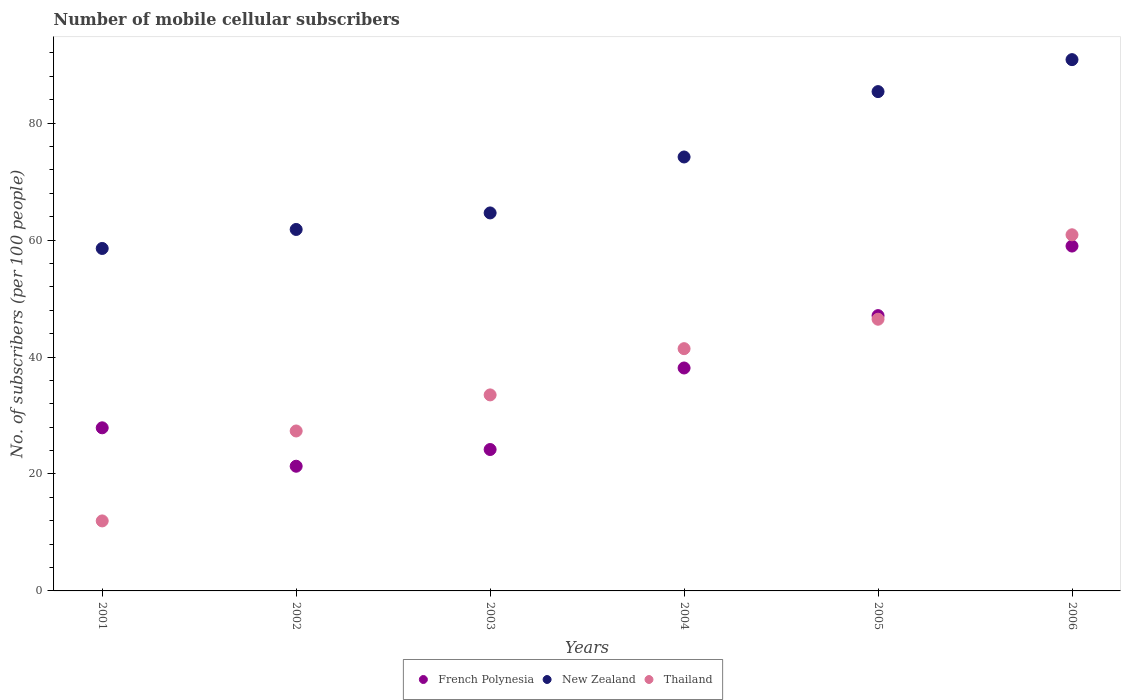
| Years | French Polynesia | New Zealand | Thailand |
 | --- | --- | --- | --- |
 | 2001 | 27.9 | 58.6 | 12 |
 | 2002 | 21.3 | 61.8 | 27.4 |
 | 2003 | 24.2 | 64.6 | 33.5 |
 | 2004 | 38.1 | 74.2 | 41.4 |
 | 2005 | 47.1 | 85.4 | 46.5 |
 | 2006 | 59 | 90.9 | 60.9 |